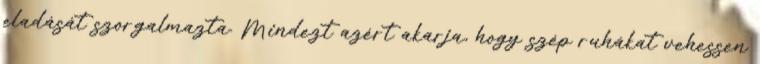
eladását szorgalmazta. Mindezt azért akarja, hogy szép ruhákat vehessen